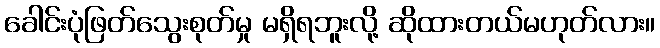
ခေါင်းပုံဖြတ်သွေးစုတ်မှု မရှိရဘူးလို့ ဆိုထားတယ်မဟုတ်လား။